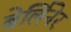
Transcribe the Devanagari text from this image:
बेर्लिनेर